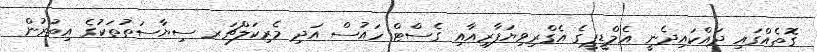
ގޮތެއްގައި ދައްކައިދެނީ އެމްޑީޕީގެ އެގްރިވިޔަފާރިއާއި ގެސްޓް ހައުސް އަދި މެރިކަލްޗަރ ސިޔާސަތުތަކުގެ އިތުރުން